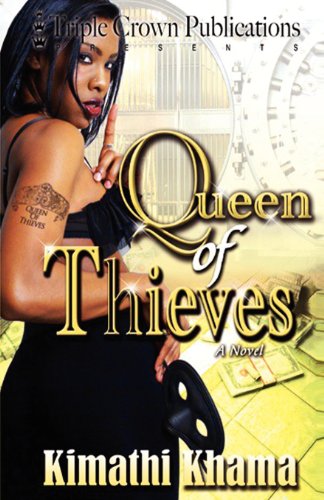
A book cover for Queen of Thieves (Triple Crown Publications Presents); Kimathi Khama; Mystery, Thriller & Suspense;